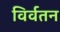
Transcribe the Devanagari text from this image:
विर्वतन